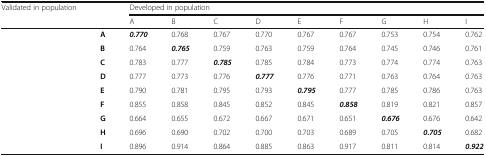
| Validated in population |  | <COLSPAN=9> Developed in population |
 | <COLSPAN=2>  | A | B | C | D | E | F | G | H | I |
 | --- | --- | --- | --- | --- | --- | --- | --- | --- | --- | --- |
 |  | A | 0.770 | 0.768 | 0.767 | 0.770 | 0.767 | 0.767 | 0.753 | 0.754 | 0.762 |
 |  | B | 0.764 | 0.765 | 0.759 | 0.763 | 0.759 | 0.764 | 0.745 | 0.746 | 0.761 |
 |  | C | 0.783 | 0.777 | 0.785 | 0.785 | 0.784 | 0.773 | 0.774 | 0.774 | 0.763 |
 |  | D | 0.777 | 0.773 | 0.776 | 0.777 | 0.776 | 0.771 | 0.763 | 0.764 | 0.763 |
 |  | E | 0.790 | 0.781 | 0.795 | 0.793 | 0.795 | 0.777 | 0.785 | 0.786 | 0.763 |
 |  | F | 0.855 | 0.858 | 0.845 | 0.852 | 0.845 | 0.858 | 0.819 | 0.821 | 0.857 |
 |  | G | 0.664 | 0.655 | 0.672 | 0.667 | 0.671 | 0.651 | 0.676 | 0.676 | 0.642 |
 |  | H | 0.696 | 0.690 | 0.702 | 0.700 | 0.703 | 0.689 | 0.705 | 0.705 | 0.682 |
 |  | I | 0.896 | 0.914 | 0.864 | 0.885 | 0.863 | 0.917 | 0.811 | 0.814 | 0.922 |